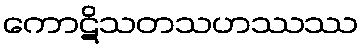
ကောဋိသတသဟဿဿ